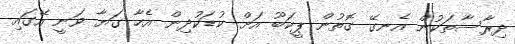
ދިރާސާތަކުން އެނގޭ ގޮތުން ޕީކަބޫ އަށް ކުޑަކުދިން އެހާ ގަޔާ ވަނީ އޭގައި